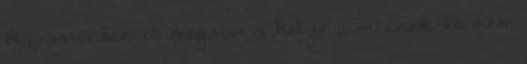
Aquamanben is megvan a helye a viccnek, és nem